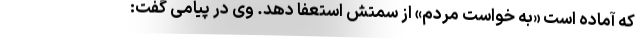
که آماده است «به خواست مردم» از سمتش استعفا دهد. وی در پیامی گفت: